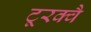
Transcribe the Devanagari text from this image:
टूरक्वै